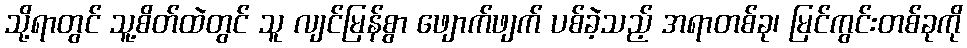
သို့ရာတွင် သူ့စိတ်ထဲတွင် သူ လျင်မြန်စွာ ဖျောက်ဖျက် ပစ်ခဲ့သည့် အရာတစ်ခု၊ မြင်ကွင်းတစ်ခုကို